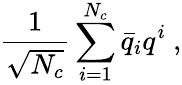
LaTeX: {\frac{1}{\sqrt{N_{c}}}}\sum_{i=1}^{N_{c}}\bar{q}_{i}q^{i}\ ,